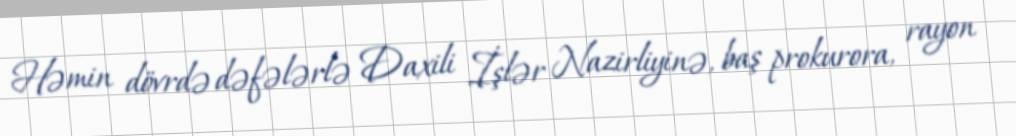
Həmin dövrdə dəfələrlə Daxili İşlər Nazirliyinə, baş prokurora, rayon